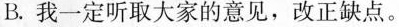
B.我一定听取大家的意见，改正缺点。